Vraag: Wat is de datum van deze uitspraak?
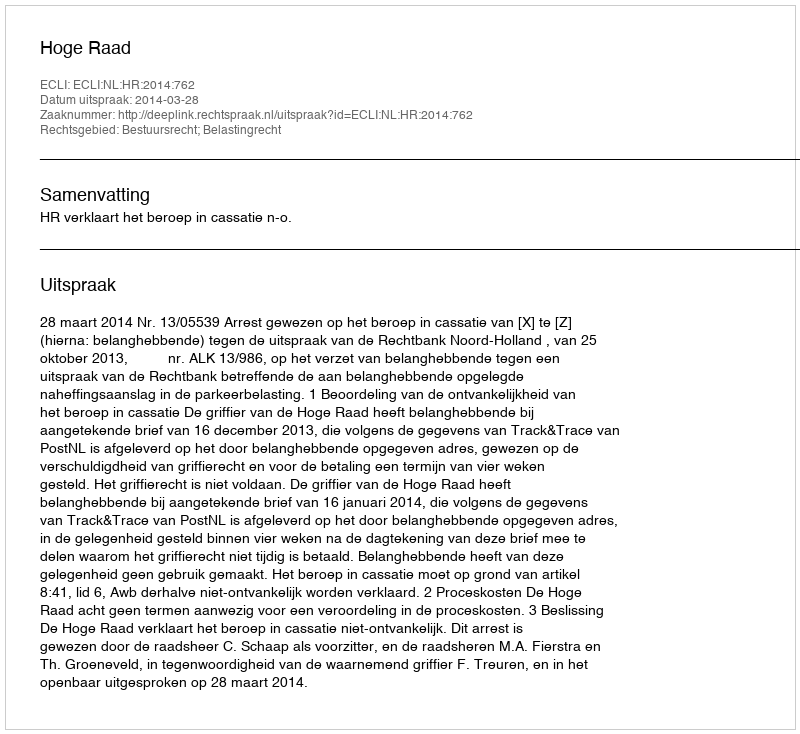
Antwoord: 2014-03-28